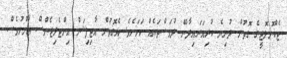
ޓެކްނޮލޮޖީގެ ގޮތުން ދުނިޔެ ކުރިއަރައިދާނޭ ދުވަސްތަކެއް ކަމަށެވެ. އެގޮތުން އާޓިފިޝަލް އިންޓެލިޖެންސް ޢާންމުވެސް